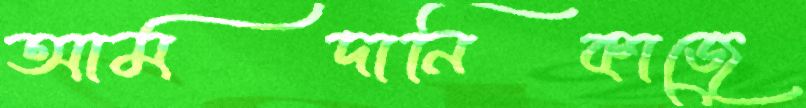
আমদানিকাজে